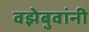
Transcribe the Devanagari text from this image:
वझेबुवांनी